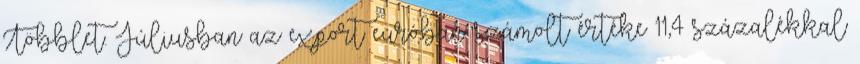
Többlet. Júliusban az export euróban számolt értéke 11,4 százalékkal